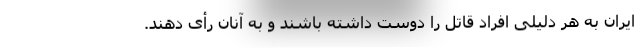
ایران به هر دلیلی افراد قاتل را دوست داشته باشند و به آنان رأی دهند.